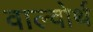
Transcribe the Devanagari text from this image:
वाल्वोर्थ